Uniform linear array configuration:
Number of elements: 32
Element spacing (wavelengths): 0.75
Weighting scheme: kaiser
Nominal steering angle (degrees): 0
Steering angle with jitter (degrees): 0.1015
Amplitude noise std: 0.05
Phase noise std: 0.05

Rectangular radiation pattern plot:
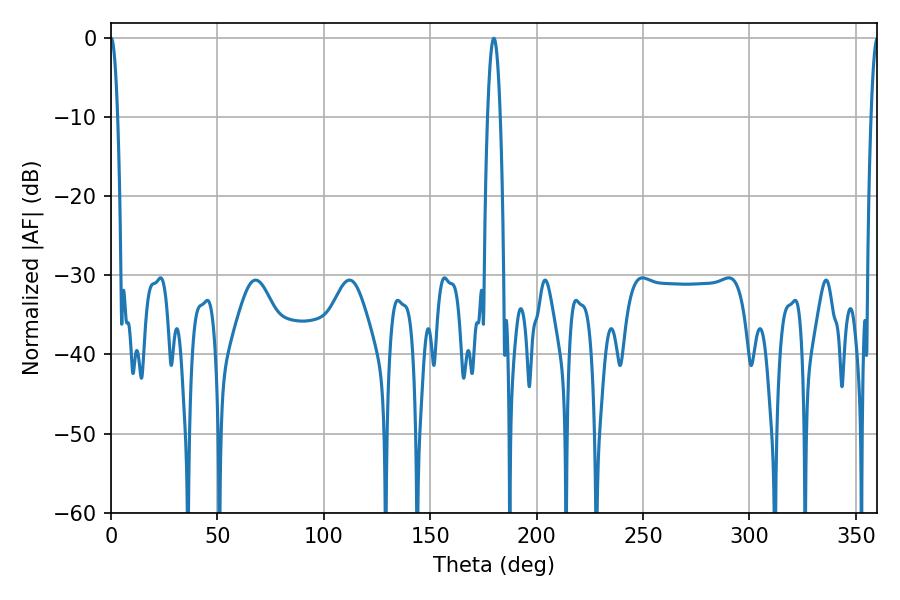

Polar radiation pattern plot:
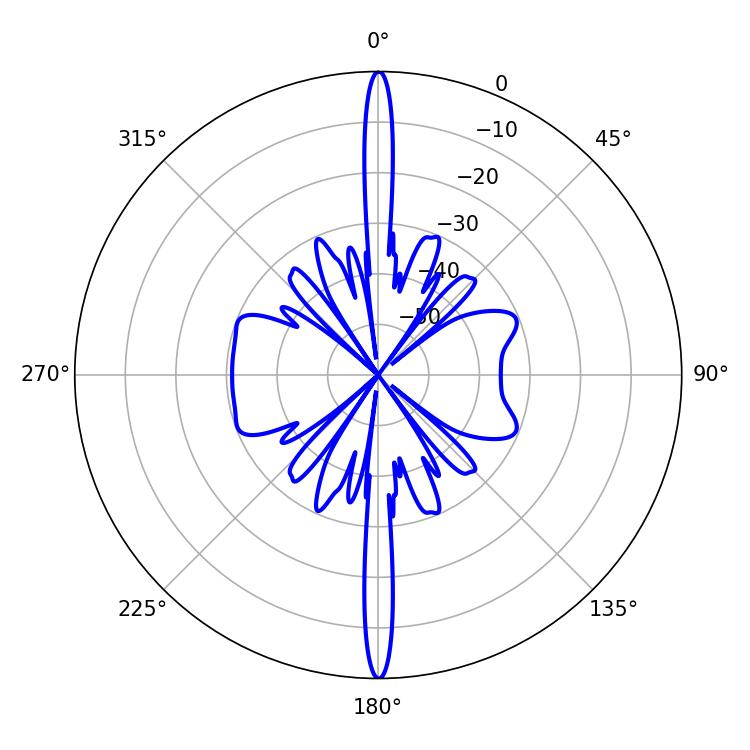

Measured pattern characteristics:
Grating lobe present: TRUE
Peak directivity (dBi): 53.475
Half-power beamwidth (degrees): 3.24
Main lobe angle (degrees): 179.82